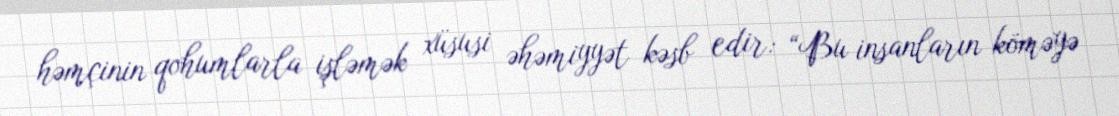
həmçinin qohumlarla işləmək xüsusi əhəmiyyət kəsb edir: “Bu insanların köməyə